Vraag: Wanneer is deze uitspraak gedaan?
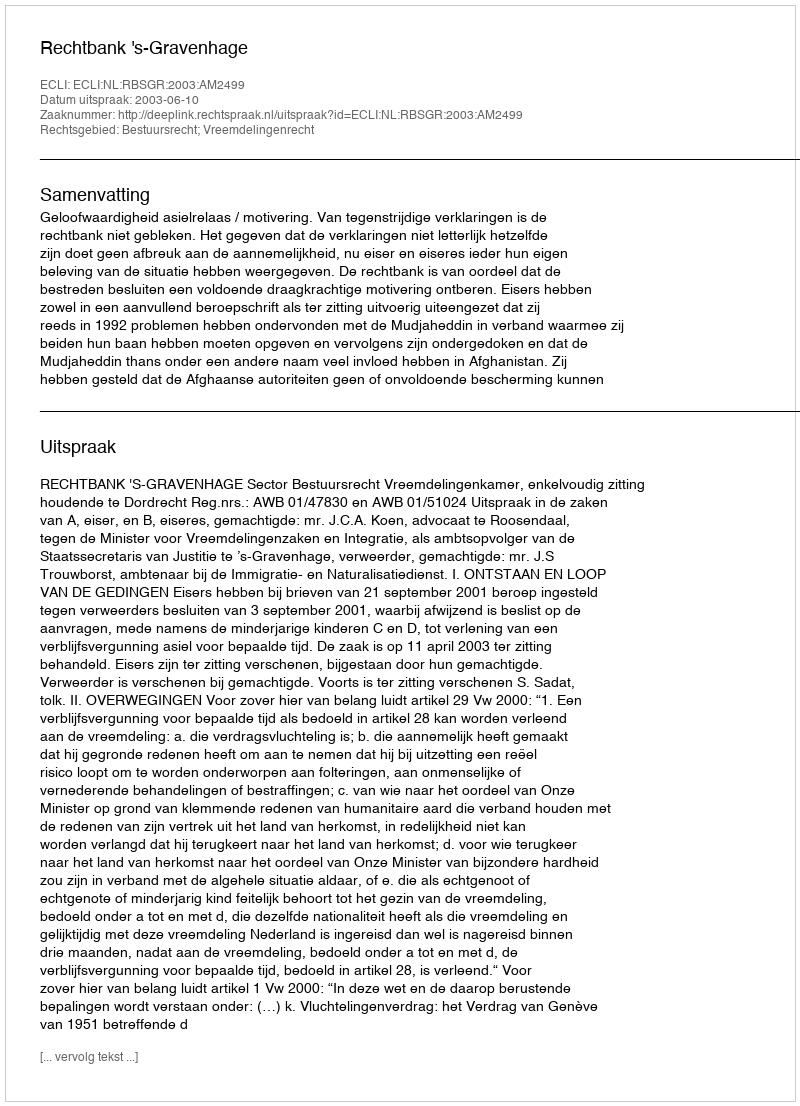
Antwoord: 2003-06-10